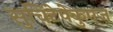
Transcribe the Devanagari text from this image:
सुचिटेपेकुएज़